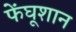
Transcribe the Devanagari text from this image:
फेंघूशान